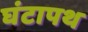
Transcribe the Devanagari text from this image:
घंटापथ